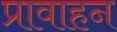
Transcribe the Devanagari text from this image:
प्रावाहन